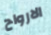
الارواح